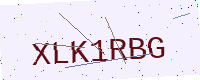
Text: XLK1RBG